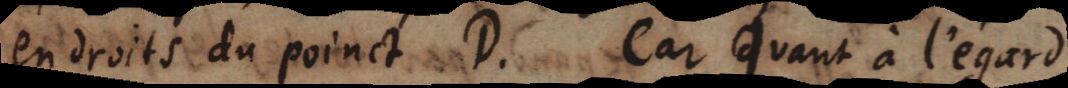
en droits du poinct D. Car Quant à l’égard